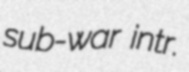
sub-war intr.